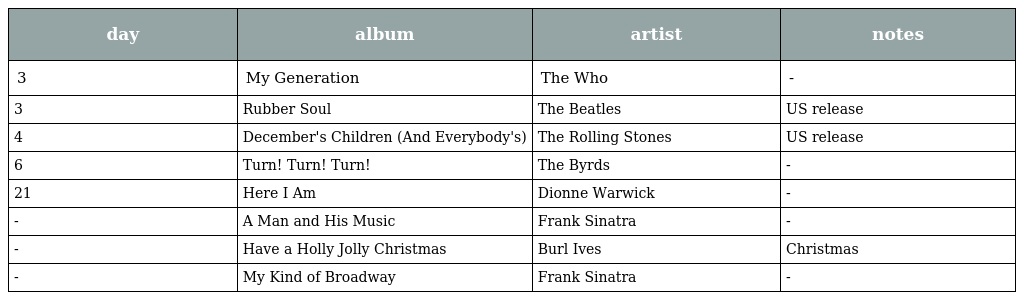
| day | album | artist | notes |
 | --- | --- | --- | --- |
 | 3 | My Generation | The Who | - |
 | 3 | Rubber Soul | The Beatles | US release |
 | 4 | December's Children (And Everybody's) | The Rolling Stones | US release |
 | 6 | Turn! Turn! Turn! | The Byrds | - |
 | 21 | Here I Am | Dionne Warwick | - |
 | - | A Man and His Music | Frank Sinatra | - |
 | - | Have a Holly Jolly Christmas | Burl Ives | Christmas |
 | - | My Kind of Broadway | Frank Sinatra | - |